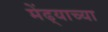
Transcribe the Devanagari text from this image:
मेंढ्याच्या